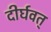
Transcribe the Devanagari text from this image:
दीर्घवत्‌